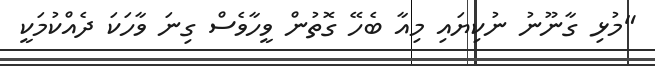
"މުޅި ގާނޫނު ނުކިޔައި މިއާ ބެހޭ ގޮތުން ވީހާވެސް ގިނަ ވާހަކަ ދެއްކުމަކީ